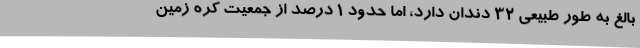
بالغ به طور طبیعی 32 دندان دارد، اما حدود 1 درصد از جمعیت کره زمین